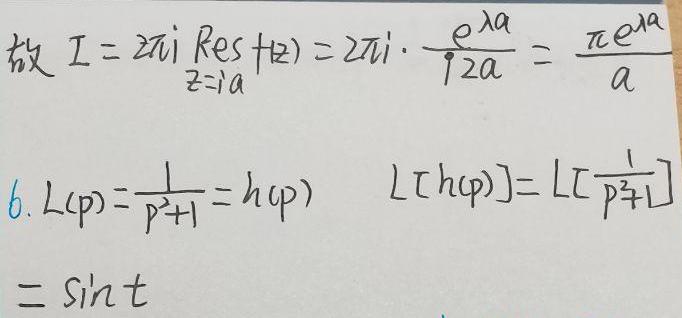
故 \(I = 2\pi i \underset{z = ia}{\text{Res}} f(z)=2\pi i\cdot\frac{e^{\lambda a}}{2a}=\frac{\pi e^{\lambda a}}{a}\)

6. \(L(p)=\frac{1}{p^{2}+1}=h(p)\) \(L[h(p)] = L[\frac{1}{p^{2}+1}]=\sin t\)